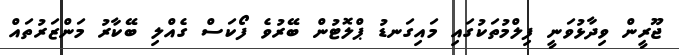
ޖޫރީން ވިދާޅުވަނީ ފިލްމުތަކުގައި މައިގަނޑު ޕްލޮޓުން ބޭރުވެ ފޯކަސް ގެއްލި ބޭކާރު މަންޒަރުތައް